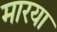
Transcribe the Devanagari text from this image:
मारया